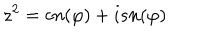
z ^ { 2 } = c n ( \varphi ) + i s n ( \varphi )